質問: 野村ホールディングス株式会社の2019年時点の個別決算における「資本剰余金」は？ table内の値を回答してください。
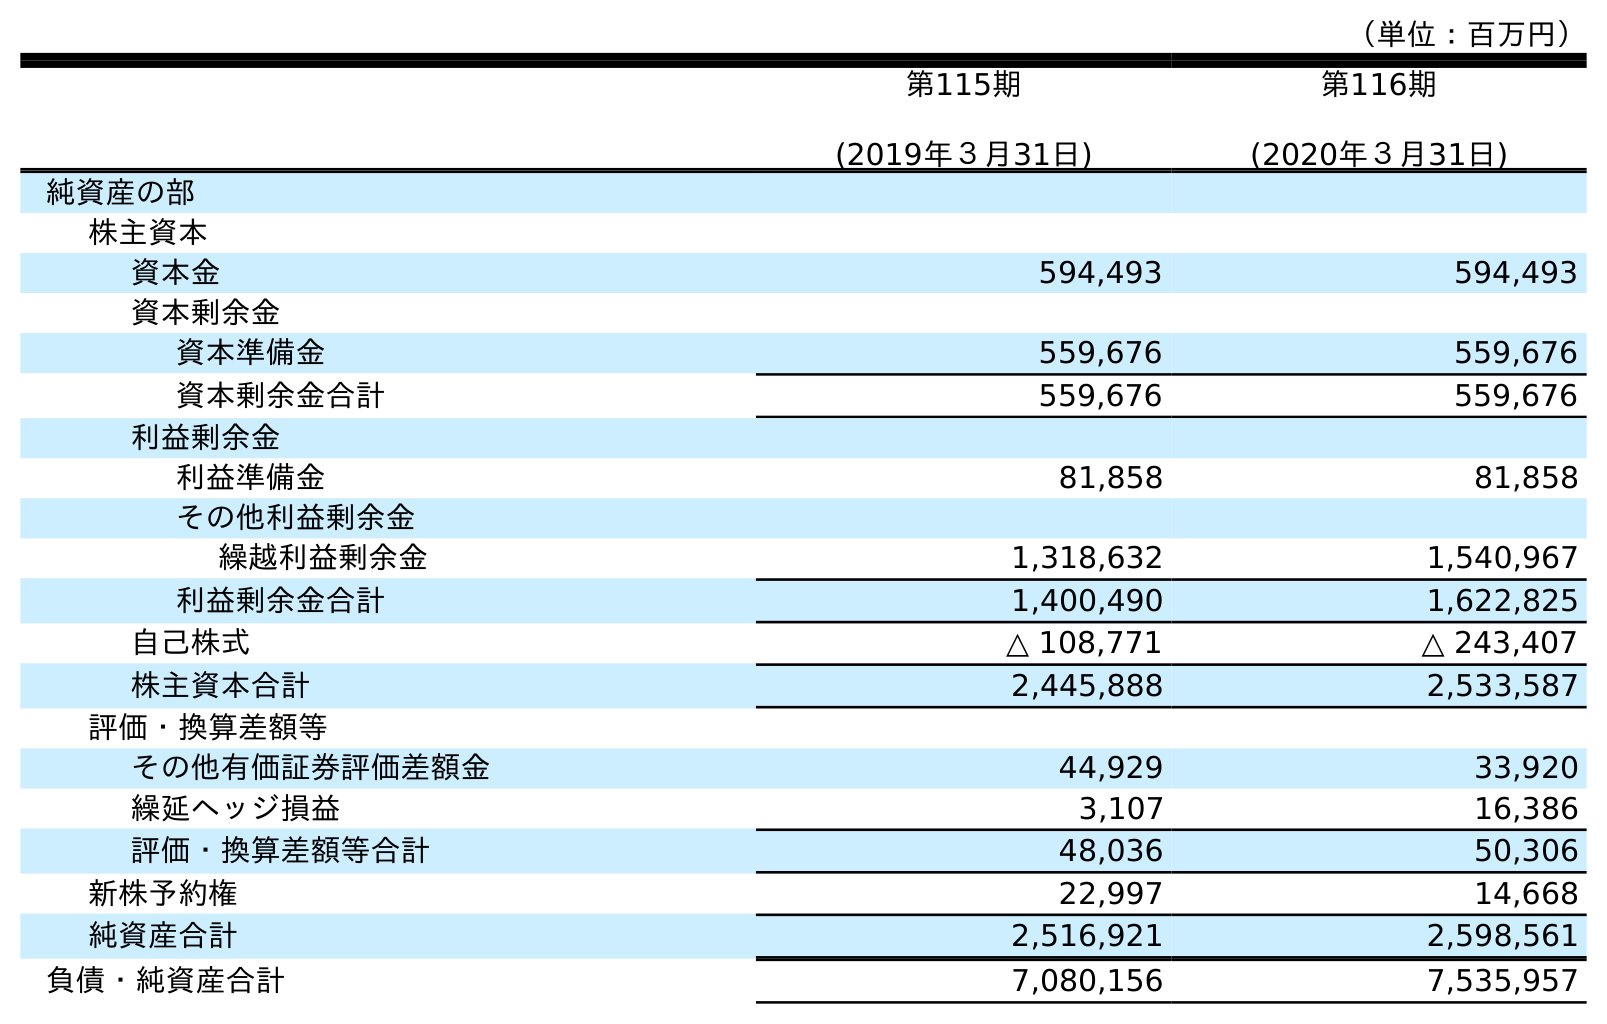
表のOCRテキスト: （単位：百万円） 第115期 (2019年３月31日) 第116期 (2020年３月31日) 純資産の部 株主資本 資本金 594,493 594,493 資本剰余金 資本準備金 559,676 559,676 資本剰余金合計 559,676 559,676 利益剰余金 利益準備金 81,858 81,858 その他利益剰余金 繰越利益剰余金 1,318,632 1,540,967 利益剰余金合計 1,400,490 1,622,825 自己株式 △ 108,771 △ 243,407 株主資本合計 2,445,888 2,533,587 評価・換算差額等 その他有価証券評価差額金 44,929 33,920 繰延ヘッジ損益 3,107 16,386 評価・換算差額等合計 48,036 50,306 新株予約権 22,997 14,668 純資産合計 2,516,921 2,598,561 負債・純資産合計 7,080,156 7,535,957
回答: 559,676